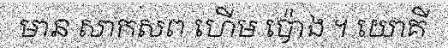
មាន សាកសព ហើម ប៉ោង ។ យោគី